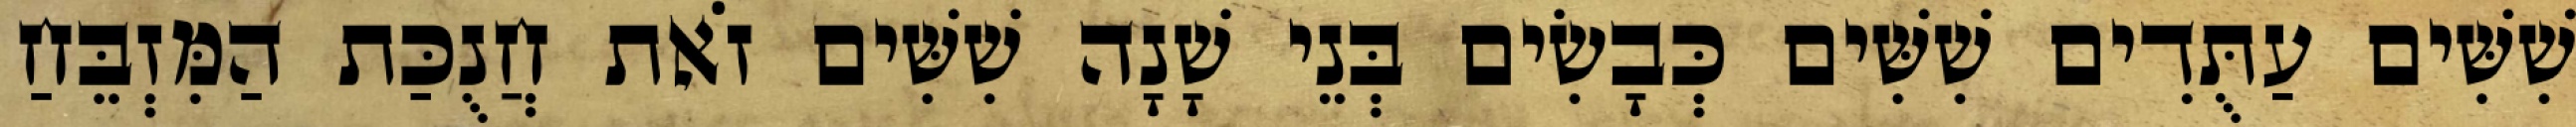
שִׁשִּׁים עַתֻּדִים שִׁשִּׁים כְּבָשִׂים בְּנֵי שָׁנָה שִׁשִּׁים זֹאת חֲנֻכַּת הַמִּזְבֵּחַ